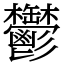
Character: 鬱